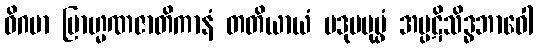
ဝိဂမာ ဗြာဟ္မဏဇာတိကာနံ တတိယာယံ ပဒုမပုပ္ဖံ အပ္ပဋိသိဒ္ဓဘာဝေါ